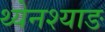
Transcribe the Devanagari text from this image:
थ्येनश्याङ